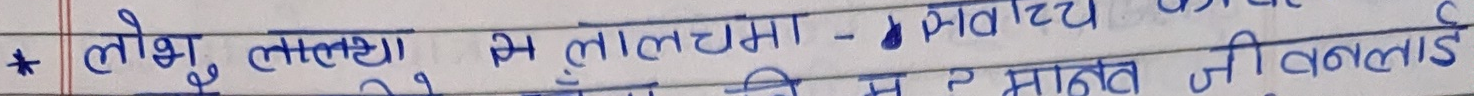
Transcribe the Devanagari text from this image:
* लोभ, लालचमा - बिचल्ली